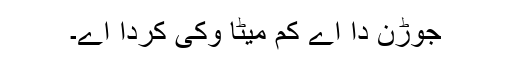
جوڑن دا اے کم میٹا وکی کردا اے۔